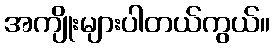
အကျိုးများပါတယ်ကွယ်။